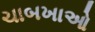
ચાબખાઓ